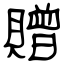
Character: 贈